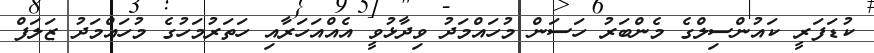
ކުޑަފަރީ ކައުންސިލްގެ މެންބަރު ހަސަން މުހައްމަދު ވިދާޅުވީ އެއްއަހަރާއި ހަތަރުމަހުގެ މުހައްމަދު ޒަލަފް